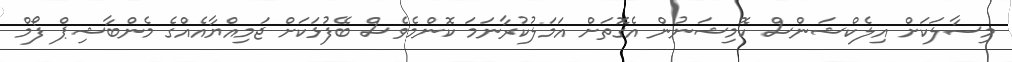
މިސާލަކަށް އިލެކްޝަންސް ކޮމިޝަނުން އެގޮތަށް އަމަލުކުރާނަމަ ކޮންމެވެސް ބޭފުޅަކަށް ޖަމިއްޔާއެއްގެ މެންބާޝިޕް ފޯމް